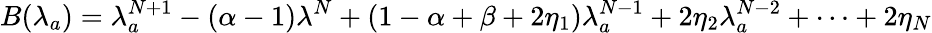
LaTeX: B(\lambda_{a})=\lambda_{a}^{N+1}-(\alpha-1)\lambda^{N}+(1-\alpha+\beta+2\eta_{1})\lambda_{a}^{N-1}+2\eta_{2}\lambda_{a}^{N-2}+\dots+2\eta_{N}